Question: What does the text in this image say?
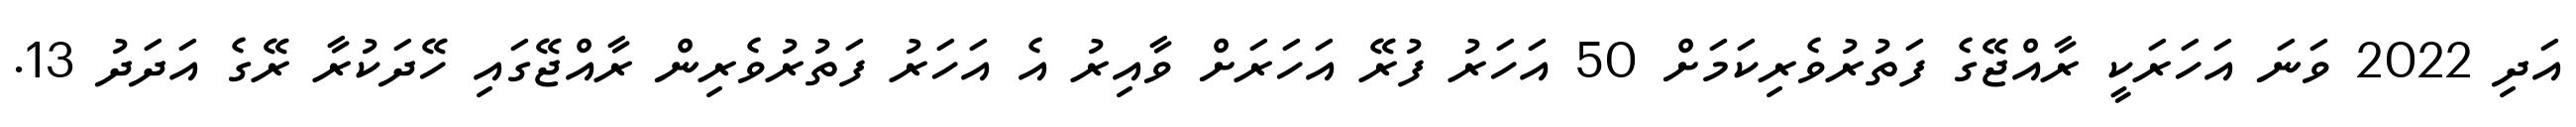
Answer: އަދި 2022 ވަނަ އަހަރަކީ ރާއްޖޭގެ ފަތުރުވެރިކަމަށް 50 އަހަރު ފުރޭ އަހަރަށް ވާއިރު އެ އަހަރު ފަތުރުވެރިން ރާއްޖޭގައި ހޭދަކުރާ ރޭގެ އަދަދު 13.